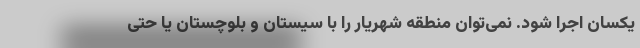
یکسان اجرا شود. نمی‌توان منطقه شهریار را با سیستان و بلوچستان یا حتی